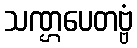
သဏ္ဌပေတဗ္ဗံ